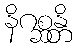
နိဂစ္ဆန္တိ